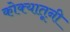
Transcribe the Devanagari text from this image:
कोक्यातूनी